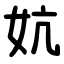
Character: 妔